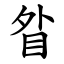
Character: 䀤